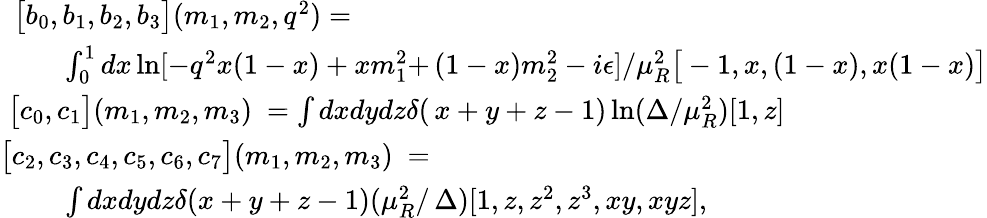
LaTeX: \begin{array}{rl}{{\big[b_{0},b_{1},b_{2},b_{3}\big](m_{1},m_{2},q^{2})=\ \ \ \ \ \ \ \ \ \ }}&{{}}\\ {{\int_{0}^{1}dx\ln[-q^{2}x(1-x)+xm_{1}^{2}+}}&{{\! \! \! \! \! (1-x)m_{2}^{2}-i\epsilon]/\mu_{R}^{2}\big[-1,x,(1-x),x(1-x)\big]}}\\ {{\big[c_{0},c_{1}\big](m_{1},m_{2},m_{3})\ =\int dxdydz\delta(}}&{{\! \! \! \! \! x+y+z-1)\ln(\Delta/\mu_{R}^{2})[1,z]}}\\ {{\big[c_{2},c_{3},c_{4},c_{5},c_{6},c_{7}\big](m_{1},m_{2},m_{3})\ =}}&{{}}\\ {{\int dxdydz\delta(x+y+z-1)(\mu_{R}^{2}/}}&{{\! \! \! \! \! \Delta)[1,z,z^{2},z^{3},xy,xyz],}}\end{array}